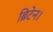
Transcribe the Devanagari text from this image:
ब्रिटेन।